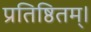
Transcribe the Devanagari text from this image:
प्रतिष्ठितम्‌।